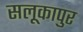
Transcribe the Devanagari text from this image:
सलूकापुर